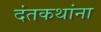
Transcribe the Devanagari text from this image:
दंतकथांना